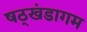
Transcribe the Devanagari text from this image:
षठ्खंडागम